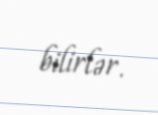
bilirlər.